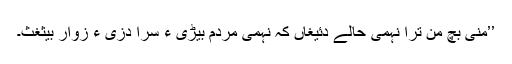
’’منی بچ من ترا نہمی حالے دئیغاں کہ نہمی مردم بیڑی ءِ سرا دزی ءَ زوار بیثغث۔